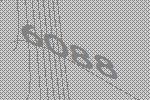
6088